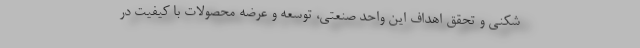
شکنی و تحقق اهداف این واحد صنعتی، توسعه و عرضه محصولات با کیفیت در